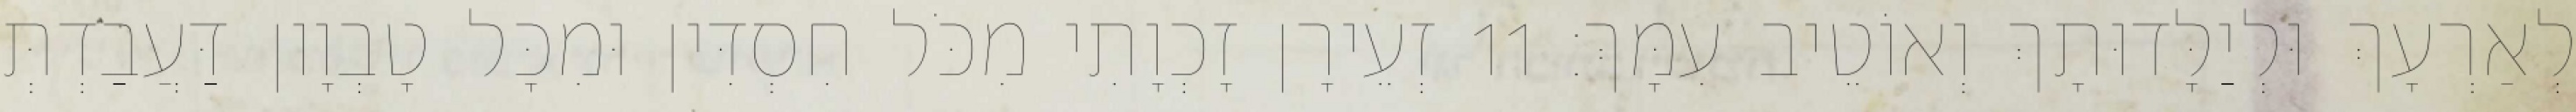
לְאַרְעָךְ וּלְיַלָּדוּתָךְ וְאוֹטֵיב עִמָּךְ׃ 11 זְעֵירָן זָכְוָתִי מִכֹּל חִסְדִּין וּמִכָּל טָבְוָון דַּעֲבַדְתְּ